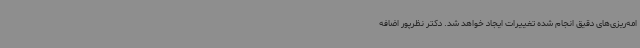
امه‌ریزی‌های دقیق انجام شده تغییرات ایجاد خواهد شد. دکتر نظرپور اضافه